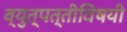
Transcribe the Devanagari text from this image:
व्युत्पत्तीविषयी